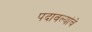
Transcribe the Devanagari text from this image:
पदावल्यांचे